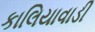
કાલિયાવાડી